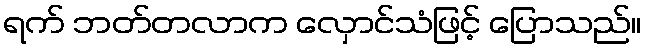
ရက် ဘတ်တလာက လှောင်သံဖြင့် ပြောသည်။